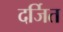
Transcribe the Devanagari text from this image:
दर्जित